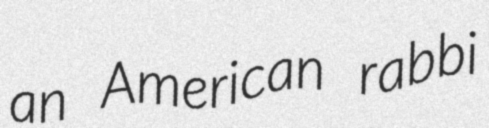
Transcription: an American rabbi